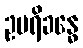
ဥပရိခန္ဓေ